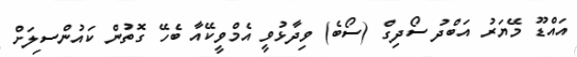
އައްޑޫ މޭޔަރު އަބްދު ސޯދިގް (ސޯބެ) ވިދާޅުވީ އެމްވީކޭއާ ބެހޭ ގޮތުން ކައުންސިލަށް